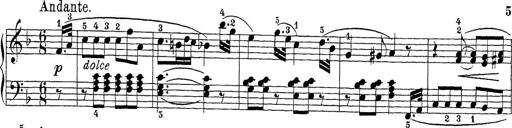
Title: Sonatina Album
Composer: Louis KÃ¶hler